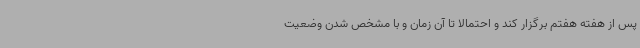
پس از هفته هفتم برگزار کند و احتمالا تا آن زمان و با مشخص شدن وضعیت